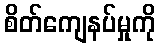
စိတ်ကျေနပ်မှုကို